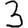
Digit: 3